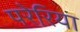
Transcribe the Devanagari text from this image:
परेरिया